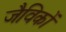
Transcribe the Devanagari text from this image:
जैविकों